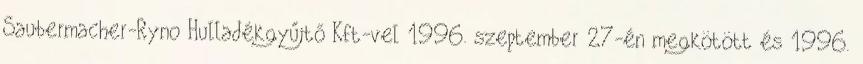
Saubermacher-Ryno Hulladékgyűjtő Kft-vel 1996. szeptember 27-én megkötött és 1996.